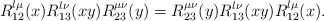
\begin{align*}R^{\l\mu}_{12}(x)R^{\l\nu}_{13}(xy)R^{\mu\nu}_{23}(y) =R^{\mu\nu}_{23}(y)R^{\l\nu}_{13}(xy)R^{\l\mu}_{12}(x).\end{align*}